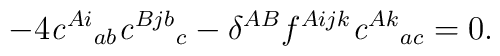
-4 {\it c}^{A i}{ }_{ab} {\it c}^{B j b}{ }_c -\delta^{A B} f^{A ijk} {\it c}^{A k}{ }_{ac}= 0.